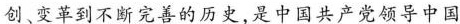
创、变革到不断完善的历史，是中国共产党领导中国